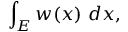
\int _ { E } w ( x ) \ d x ,